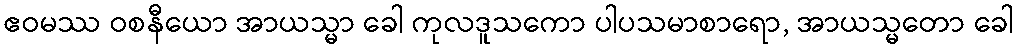
ဧဝမဿ ဝစနီယော အာယသ္မာ ခေါ ကုလဒူသကော ပါပသမာစာရော, အာယသ္မတော ခေါ